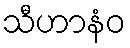
သီဟာနံဝ